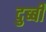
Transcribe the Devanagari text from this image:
दुब्बी